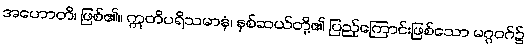
အဟောတိ၊ ဖြစ်၏။ ဣတိပရိသမာနံ၊ နှစ်ဆယ်တို့၏ ပြည့်ကြောင်းဖြစ်သော မဂ္ဂဝဂ်၌